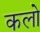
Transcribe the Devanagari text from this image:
कलो